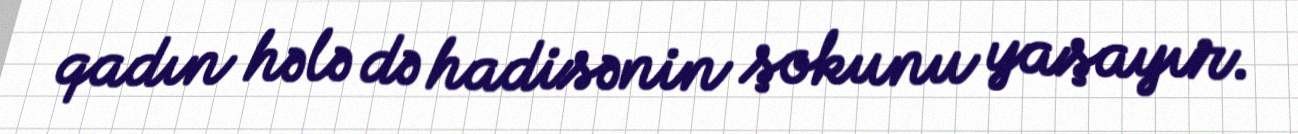
qadın hələ də hadisənin şokunu yaşayır.